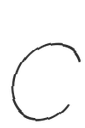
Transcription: C